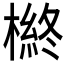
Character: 𱤎